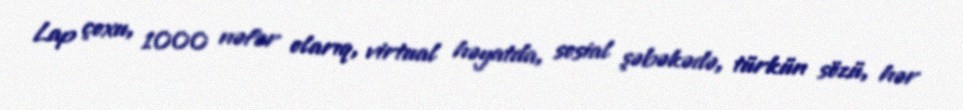
Lap çoxu, 1000 nəfər olarıq, virtual həyatda, sosial şəbəkədə, türkün sözü, hər